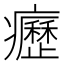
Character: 癧